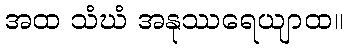
အထ သံဃံ အနုဿရေယျာထ။